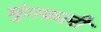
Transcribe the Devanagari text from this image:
मुंगफली